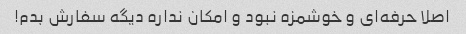
اصلا حرفه‌ای و خوشمزه نبود و امکان نداره دیگه سفارش بدم!